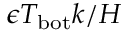
\epsilon T _ { \mathrm { b o t } } k / H